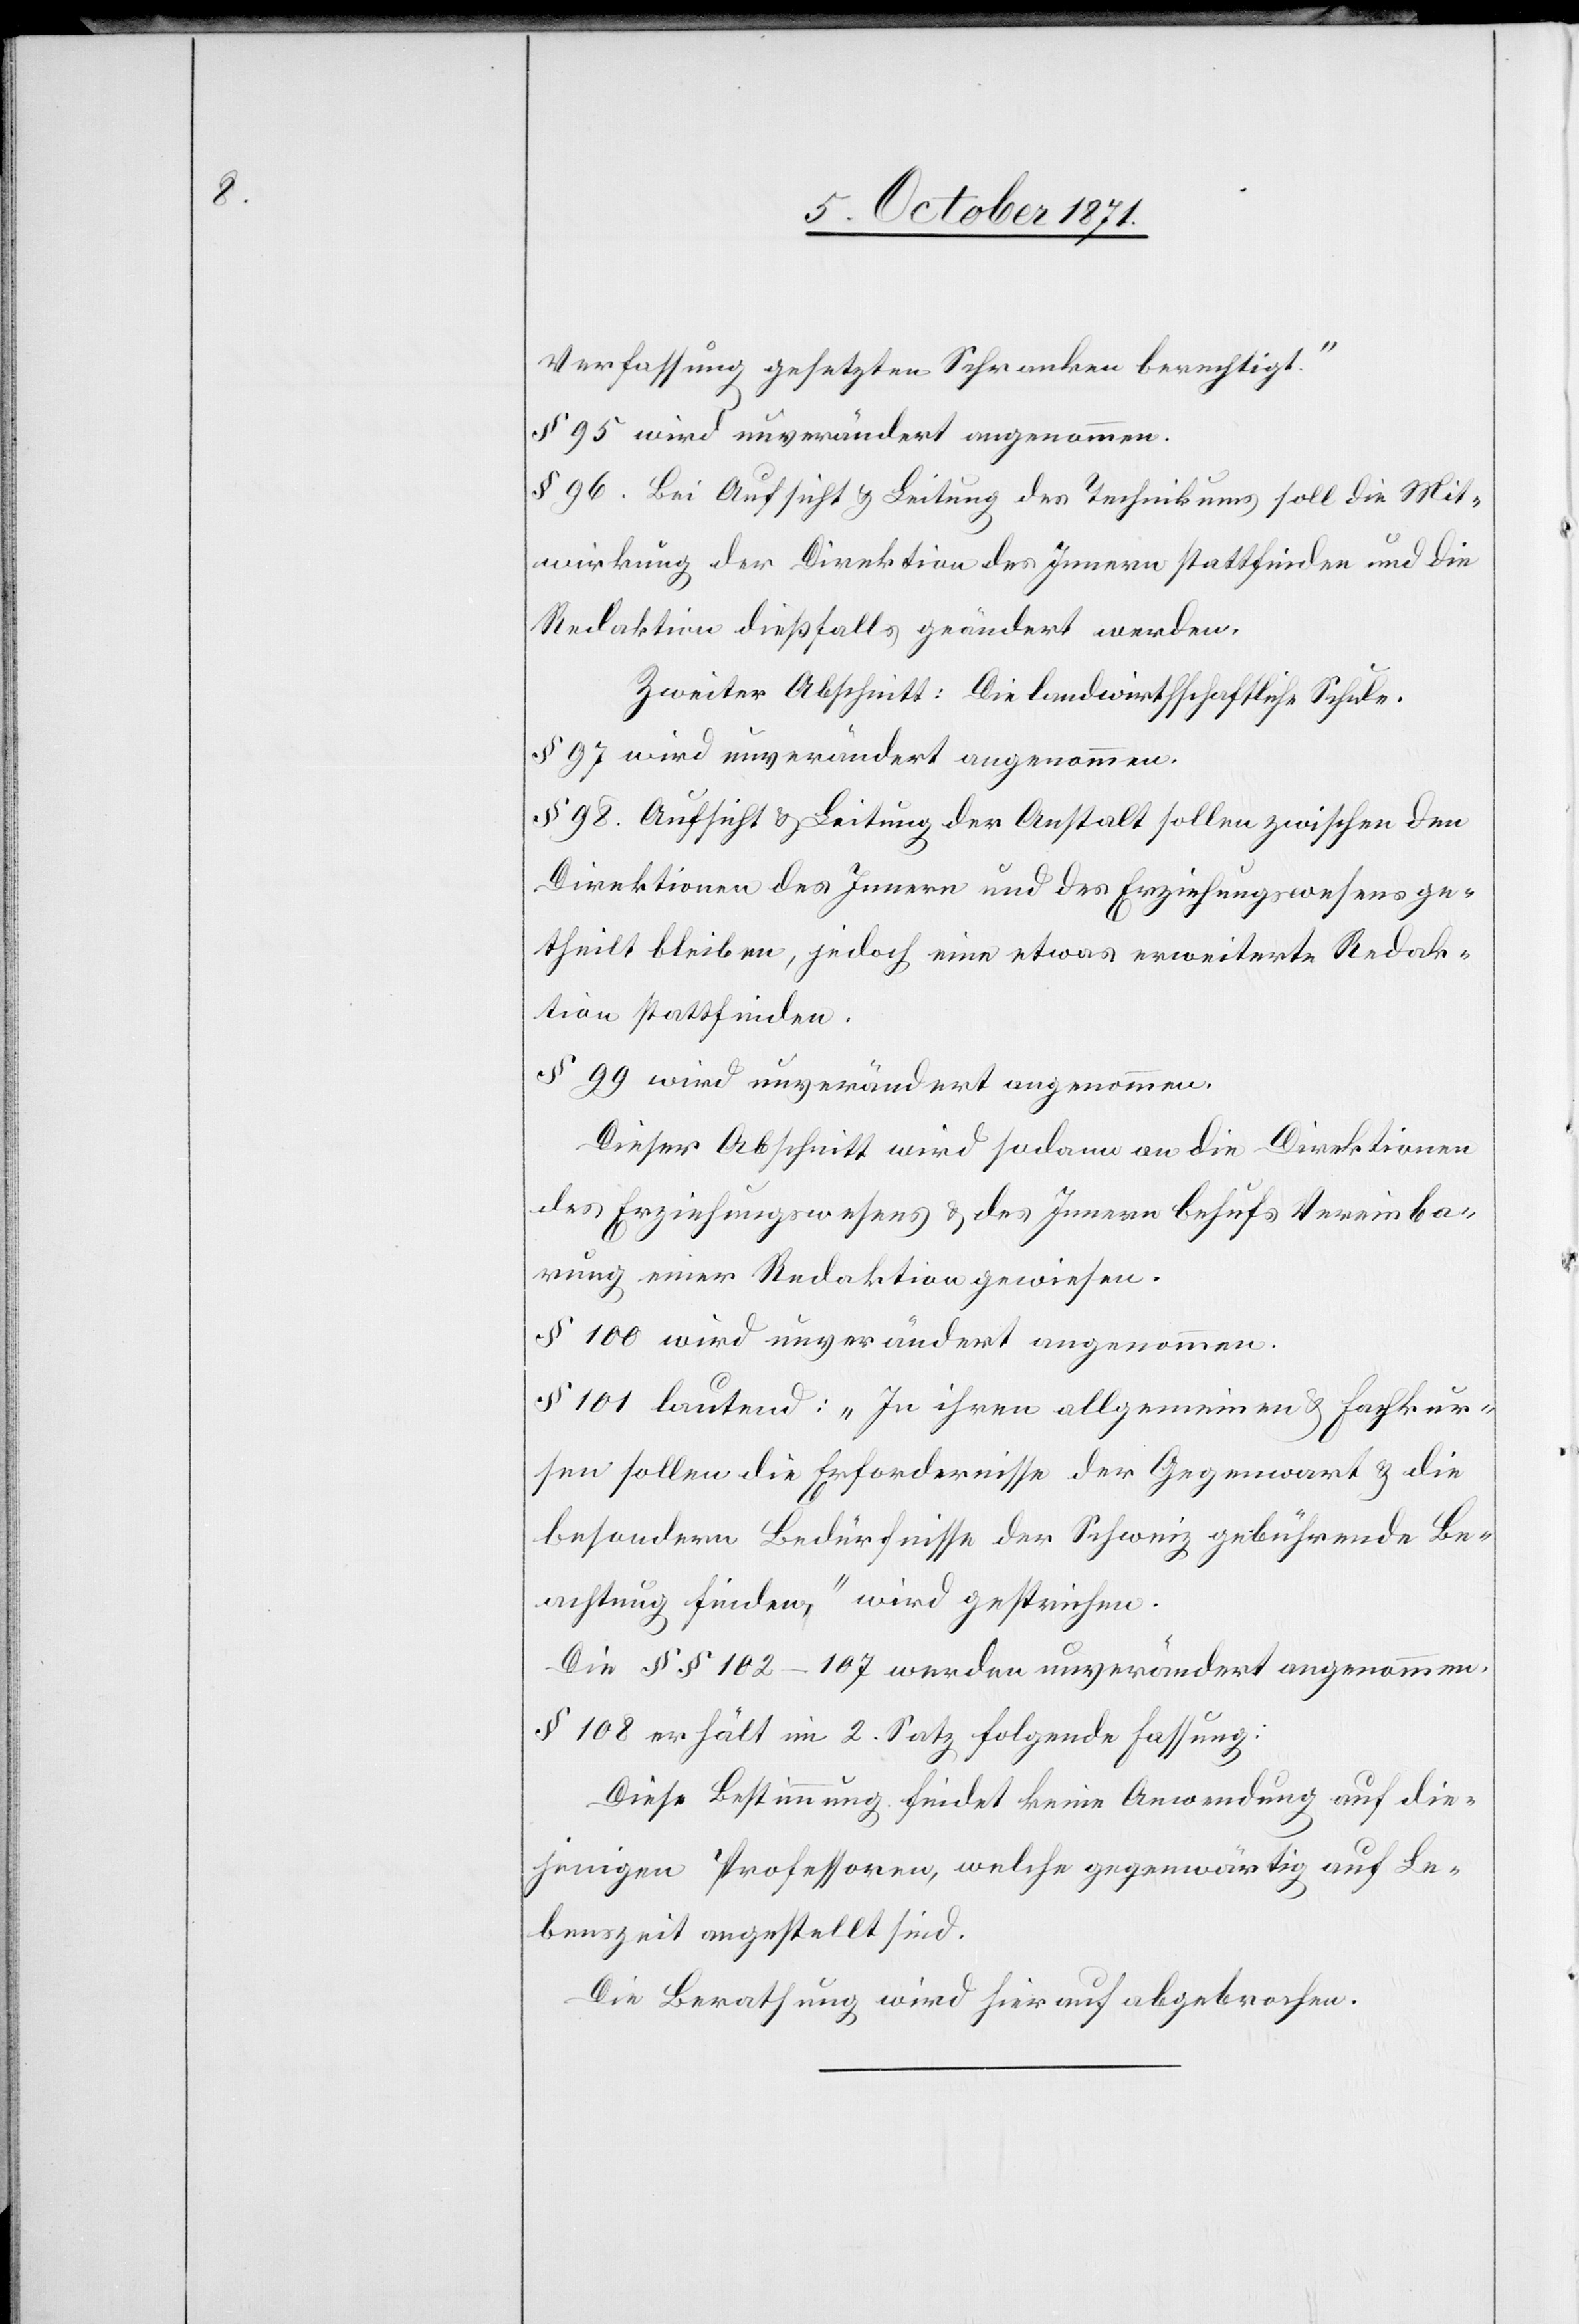
Verfassung gesetzten Schranken berechtigt.“
§ 95 wird unverändert angenommen.
§ 96. Bei Aufsicht & Leitung des Technikums soll die Mit¬
wirkung der Direktion des Innern stattfinden und die
Redaktion dießfalls geändert werden.
Zweiter Abschnitt: Die landwirthschaftliche Schule.
§ 99 wird unverändert angenommen.
§ 98. Aufsicht & Leitung der Anstalt sollen zwischen den
Direktionen des Innern und des Erziehungswesens ge¬
theilt bleiben, jedoch eine etwas erweiterte Redak¬
tion stattfinden.
Dieser Abschnitt wird sodann an die Direktionen
des Erziehungswesens & des Innern behufs Vereinba¬
rung einer Redaktion gewiesen.
§ 100 wird unverändert angenommen.
§ 101 lautend: „In ihren allgemeinen & Fachkur¬
sen sollen die Erfordernisse der Gegenwart & die
besondern Bedürfnisse der Schweiz gebührende Be¬
achtung finden“ wird gestrichen.
Die §§ 102–107 werden unverändert angenommen.
§ 108 erhält im 2. Satz folgende Fassung:
Diese Bestimmung findet keine Anwendung auf die¬
jenigen Professoren, welche gegenwärtig auf Le¬
benszeit angestellt sind.
Die Berathung wird hierauf abgebrochen.